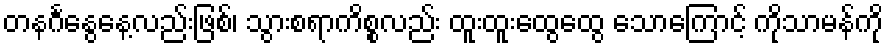
တနင်္ဂနွေနေ့လည်းဖြစ်၊ သွားစရာကိစ္စလည်း ထူးထူးထွေထွေ သောကြောင့် ကိုသာမန်ကို